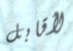
لأقابل